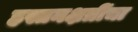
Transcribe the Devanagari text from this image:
हस्तनक्षत्रींचा